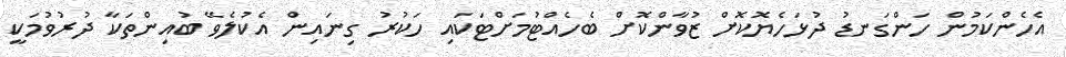
އެހެންކަމުން ހަންގަނޑު ދުޅަހެޔޮކޮށް ޒުވާންކޮށް ބެހެއްޓުމަށްޓަކައި ހަކުރު ގިނައިން އެކުލެވޭ ބުއިންތަކާ ދުރުވުމަކީ